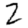
Digit: 2